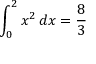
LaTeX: \int _ { 0 } ^ { 2 } x ^ { 2 } \, d x = { \frac { 8 } { 3 } }